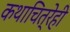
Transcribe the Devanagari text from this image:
कथाचित्रेही